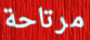
مرتاحة